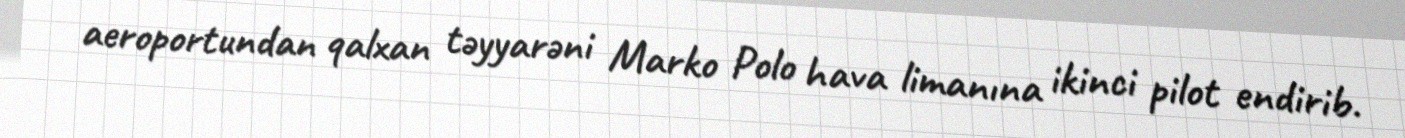
aeroportundan qalxan təyyarəni Marko Polo hava limanına ikinci pilot endirib.